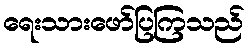
ရေးသားဖော်ပြကြသည်